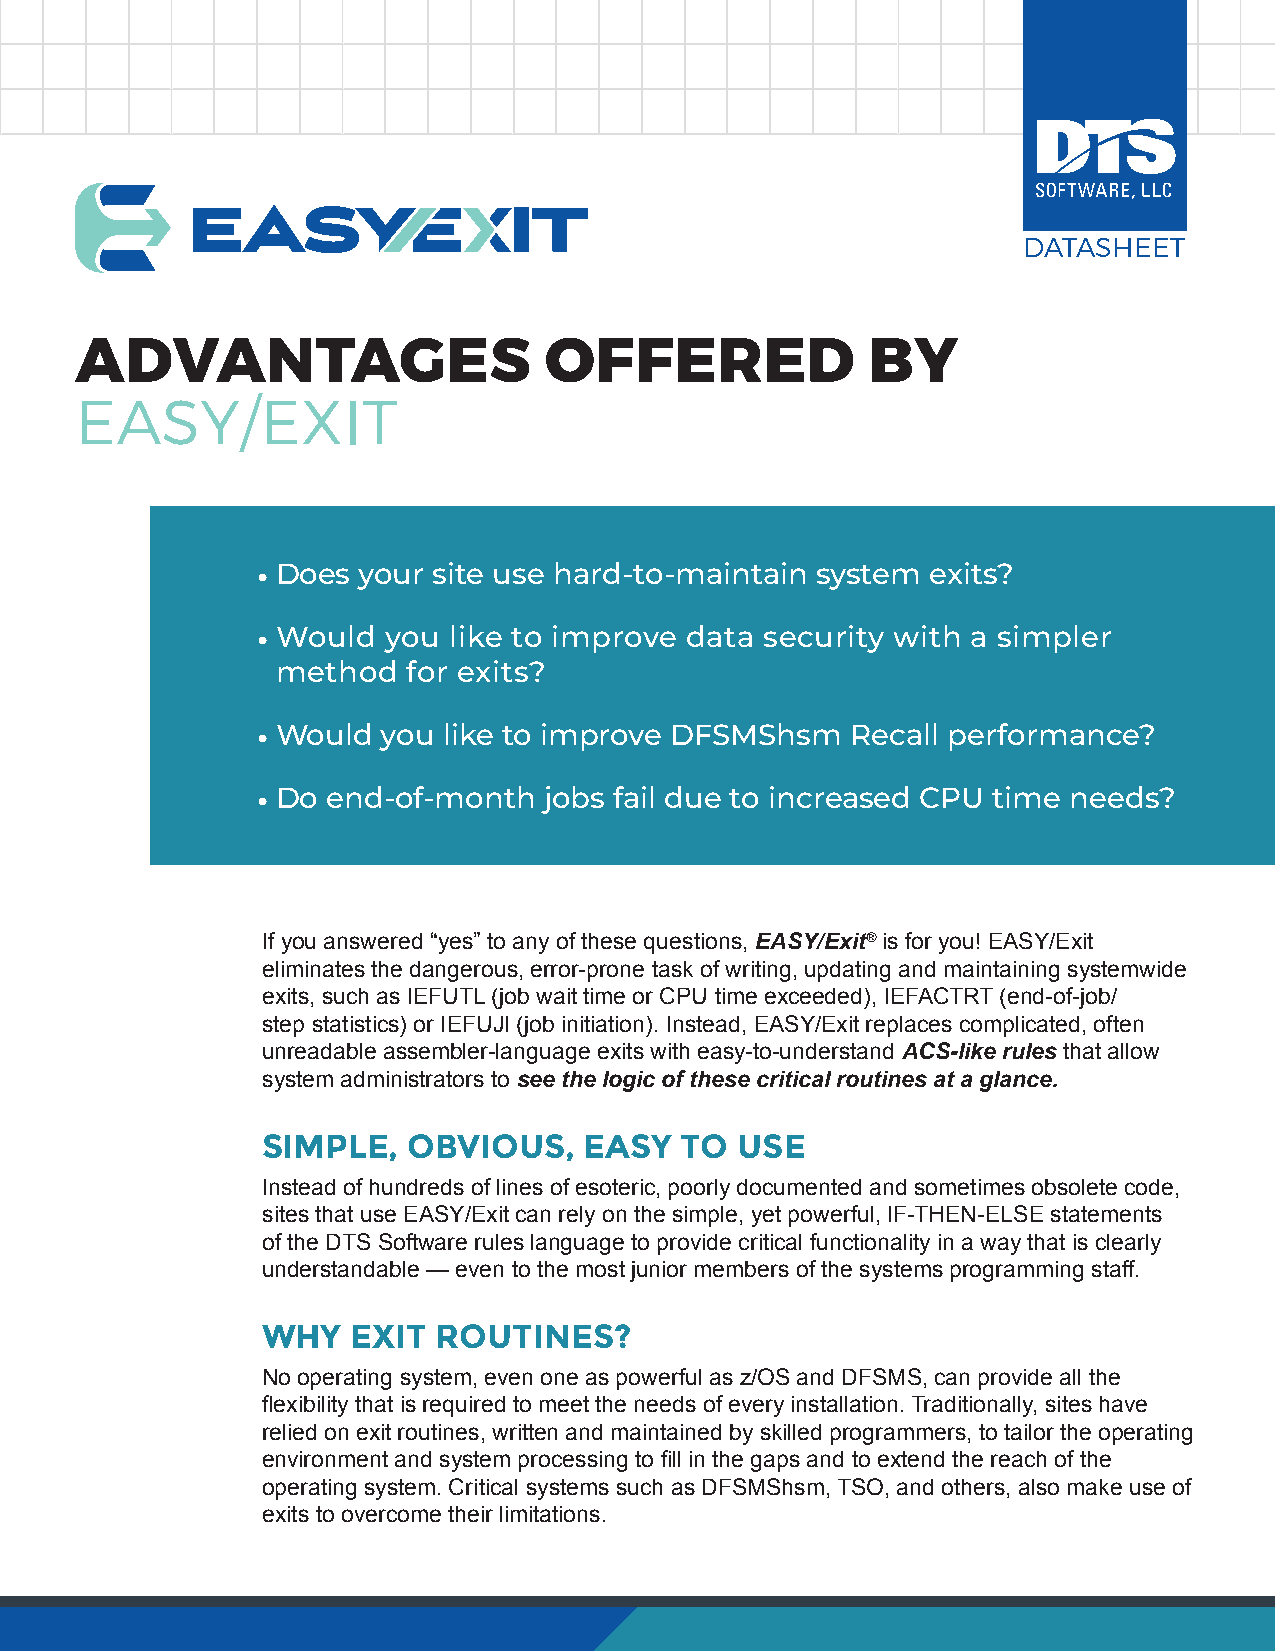
DATASHEET
 ADVANTAGES                     OFFERED               BY
 EASY/EXIT
 • Does your site use hard-to-maintain system exits?
 • Would you  like to improve data security with a simpler
 method   for exits?
 • Would you like to improve DFSMShsm   Recall performance?
 • Do end-of-month  jobs fail due to increased CPU time needs?
 If you answered “yes” to any of these questions, EASY/Exit® is for you! EASY/Exit
 eliminates the dangerous, error-prone task of writing, updating and maintaining systemwide
 exits, such as IEFUTL (job wait time or CPU time exceeded), IEFACTRT (end-of-job/
 step statistics) or IEFUJI (job initiation). Instead, EASY/Exit replaces complicated, often
 unreadable assembler-language exits with easy-to-understand ACS-like rules that allow
 system administrators to see the logic of these critical routines at a glance.
 SIMPLE,   OBVIOUS,    EASY  TO  USE
 Instead of hundreds of lines of esoteric, poorly documented and sometimes obsolete code,
 sites that use EASY/Exit can rely on the simple, yet powerful, IF-THEN-ELSE statements
 of the DTS Software rules language to provide critical functionality in a way that is clearly
 understandable — even to the most junior members of the systems programming staff.
 WHY   EXIT  ROUTINES?
 No operating system, even one as powerful as z/OS and DFSMS, can provide all the
 flexibility that is required to meet the needs of every installation. Traditionally, sites have
 relied on exit routines, written and maintained by skilled programmers, to tailor the operating
 environment and system processing to fill in the gaps and to extend the reach of the
 operating system. Critical systems such as DFSMShsm, TSO, and others, also make use of
 exits to overcome their limitations.